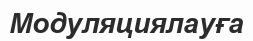
Модуляциялауға